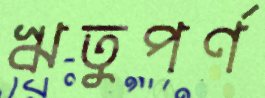
ঋতুপর্ণ